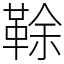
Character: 䩣